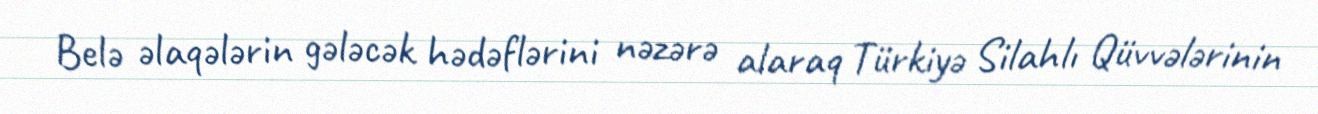
Belə əlaqələrin gələcək hədəflərini nəzərə alaraq Türkiyə Silahlı Qüvvələrinin